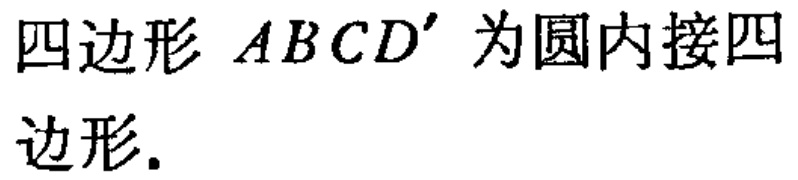
四边形 \(ABCD'\) 为圆内接四边形.